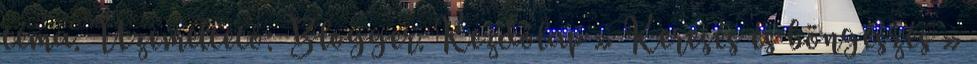
téma. Üzemeltető: Blogger. Kezdőlap » Keresés és böngészés »